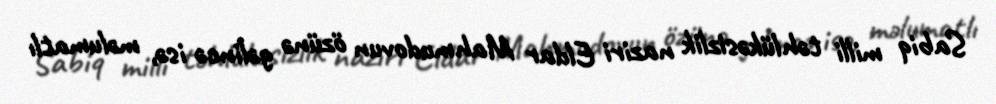
Sabiq milli təhlükəsizlik naziri Eldar Mahmudovun özünə gəlincə isə, məlumatlı